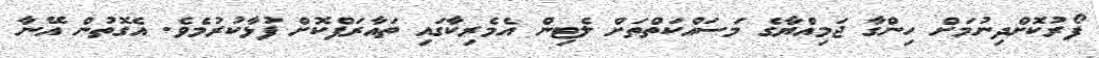
ފޯރުކޮށްދިނުމަށް ހިންގާ ޖަމިއްޔާގެ މަސައްކަތްތަށް ލެޓިން އެމެރިކާގައި ތައާރަފްކޮށް ފުޅާކުރުމެވެ. އެގޮތުން އޭނާ